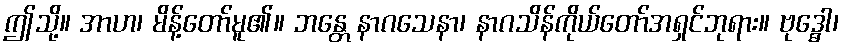
ဤသို့။ အာဟ၊ မိန့်တော်မူ၏။ ဘန္တေ နာဂသေနာ၊ နာဂသိန်ကိုယ်တော်အရှင်ဘုရား။ ဗုဒ္ဓေါ၊